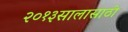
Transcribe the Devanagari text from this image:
२०१३सालासाठी